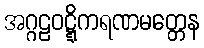
အဂ္ဂဠဝဋ္ဋိကရဏမတ္တေန